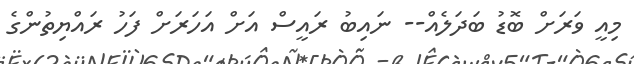
މިއީ ވަރަށް ބޮޑު ބަދަލެއް-- ނައިބު ރައީސް އަށް އަހަރަށް ފަހު ރައްޔިތުންގެ